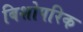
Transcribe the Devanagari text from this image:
बिशोपरिक